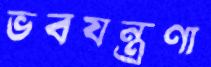
ভবযন্ত্রণা